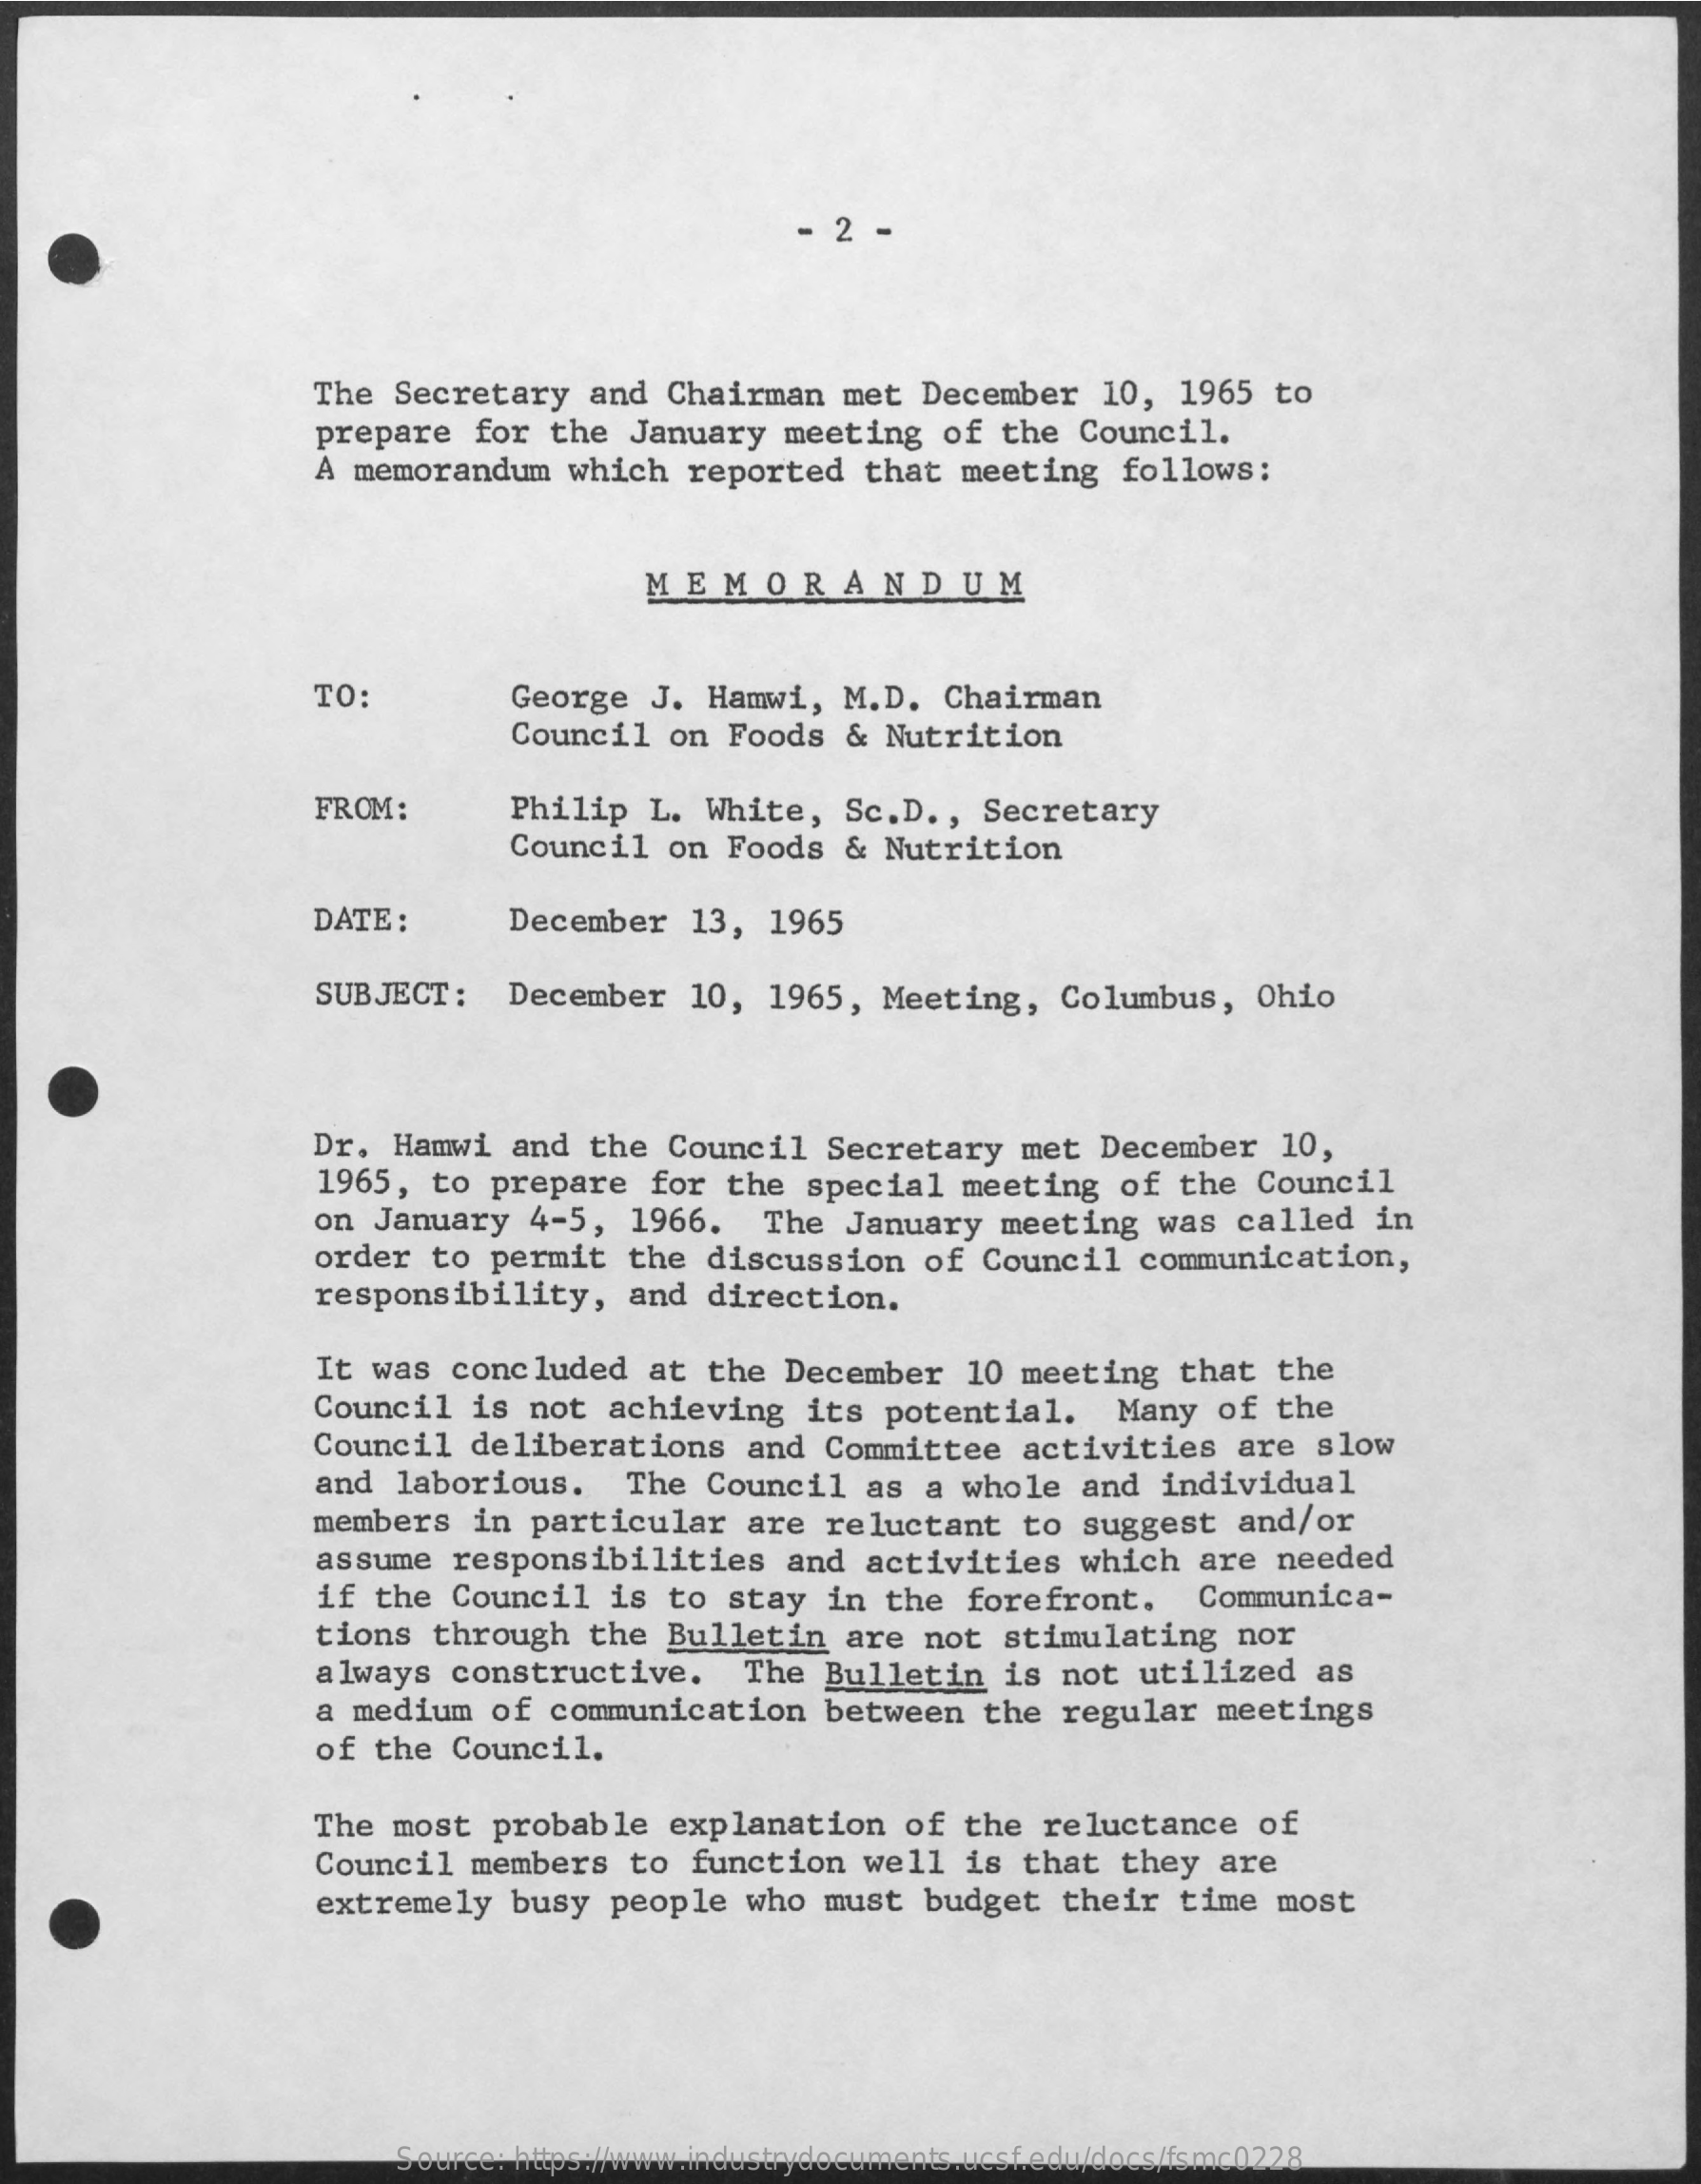
2
     The  Secretary   and  Chairman    met  December    10,  1965  to
     prepare   for  the  January   meeting   of  the  Council.
     A memorandum    which   reported   that   meeting   follows:
     MEMORANDUM
     TO:    George  J.  Hamwi,   M.D.  Chairman
     Council   on Foods   & Nutrition
     FROM:    Philip   L.  White,   Sc.D .,  Secretary
     Council   on  Foods   & Nutrition
     DATE:    December    13,  1965
     SUBJECT:    December    10,  1965,  Meeting,    Columbus,    Ohio
     Dr.  Hamwi   and  the  Council    Secretary    met  December    10,
     1965,  to  prepare   for  the   special   meeting   of  the  Council
     on January    4-5,  1966.    The  January   meeting   was   called   in
     order  to  permit   the  discussion    of  Council   communication,
     responsibility,    and  direction.
     It was  concluded    at  the  December    10  meeting   that  the
     Council   is not   achieving    its  potential.    Many  of  the
     Council   deliberations    and  Committee    activities    are  slow
     and  laborious.    The  Council   as  a  whole  and   individual
     members   in  particular    are  reluctant    to suggest    and/or
     assume  responsibilities    and  activities    which   are  needed
     if the  Council    is to  stay   in  the  forefront.    Communica-
     tions  through   the  Bulletin    are  not  stimulating    nor
     always  constructive.    The Bulletin    is  not  utilized    as
     a medium   of  communication    between   the  regular   meetings
     of the  Council.
     The most   probable   explanation    of  the  reluctance    of
     Council   members   to  function   well   is that   they  are
     extremely   busy   people   who  must  budget   their   time  most
     Source: https://www.industrydocuments.ucsf.edu/docs/fsmc0228